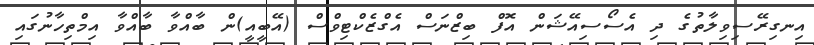
އިނގިރޭސިވިލާތުގެ ދި އެސޯސިއޭޝަން އޮފް ބިޒްނަސް އެގްޒެކްޓިވްސް (އޭބީއީ)ން ބާއްވާ ބާއްވާ އިމްތިހާނުގައި